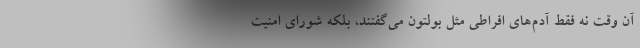
آن وقت نه فقط آدم‌های افراطی مثل بولتون می‌گفتند، بلکه شورای امنیت